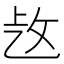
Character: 𢼁